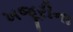
ખજૂરીના